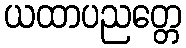
ယထာပညတ္တေ